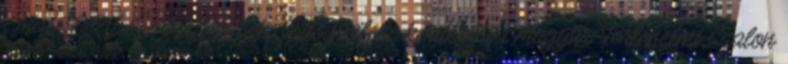
MŰSORVÁLTOZÁS Az ördög kilenc kérdése 0 Magyar Történelmi Szalon